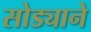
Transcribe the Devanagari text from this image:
सोड्याने